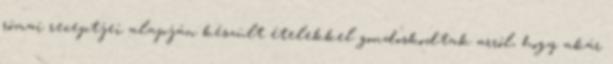
római receptjei alapján készült ételekkel gondoskodtak arról, hogy akár